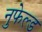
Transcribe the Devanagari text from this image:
नुफेल्ड